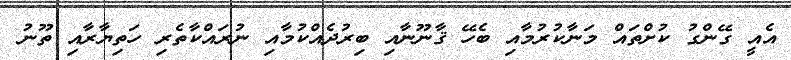
އެއީ ގޭންގު ކުށްތައް މަނާކުރުމާއި ބެހޭ ޤާނޫނާއި ބިރުދެއްކުމާއި ނުރައްކާތެރި ހަތިޔާރާއި ތޫނު